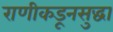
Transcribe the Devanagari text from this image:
राणीकडूनसुद्धा